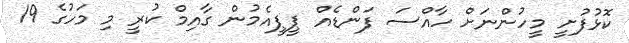
ކޮޅުފުށީ މީހުންނަށް ހާއްސަ ފަންޑެއް ޕީޕީއެމުން ގާއިމް ކުރީ މި މަހުގެ 19